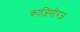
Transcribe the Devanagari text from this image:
काज़िमीरज़